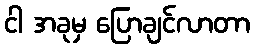
ငါ အခုမှ ပြောချင်လာတာ